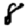
Digit: 8